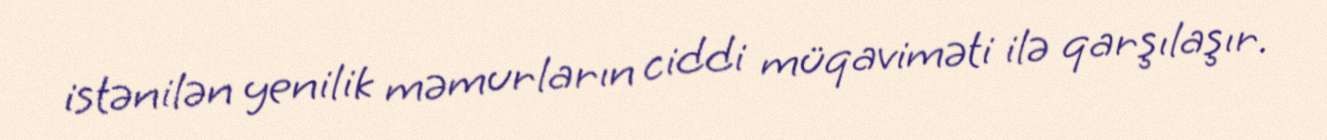
istənilən yenilik məmurların ciddi müqaviməti ilə qarşılaşır.